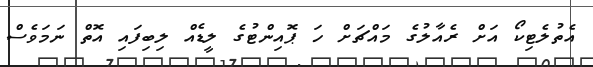
އެތުލެޓިކޯ އަށް ރެއާލުގެ މައްޗަށް ހަ ޕޮއިންޓުގެ ލީޑެއް ލިބިފައި އޮތް ނަމަވެސް